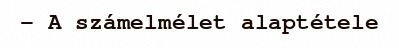
– A számelmélet alaptétele